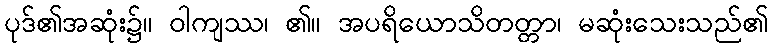
ပုဒ်၏အဆုံး၌။ ဝါကျဿ၊ ၏။ အပရိယောသိတတ္တာ၊ မဆုံးသေးသည်၏